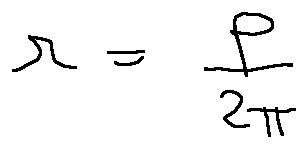
r = \frac { p } { 2 \pi }